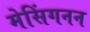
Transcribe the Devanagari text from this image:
मेसिंगनन